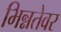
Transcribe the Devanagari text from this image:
भिन्नतेवर